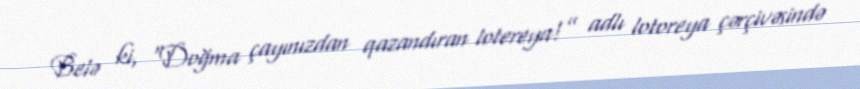
Belə ki, “Doğma çayınızdan qazandıran lotereya!” adlı lotoreya çərçivəsində